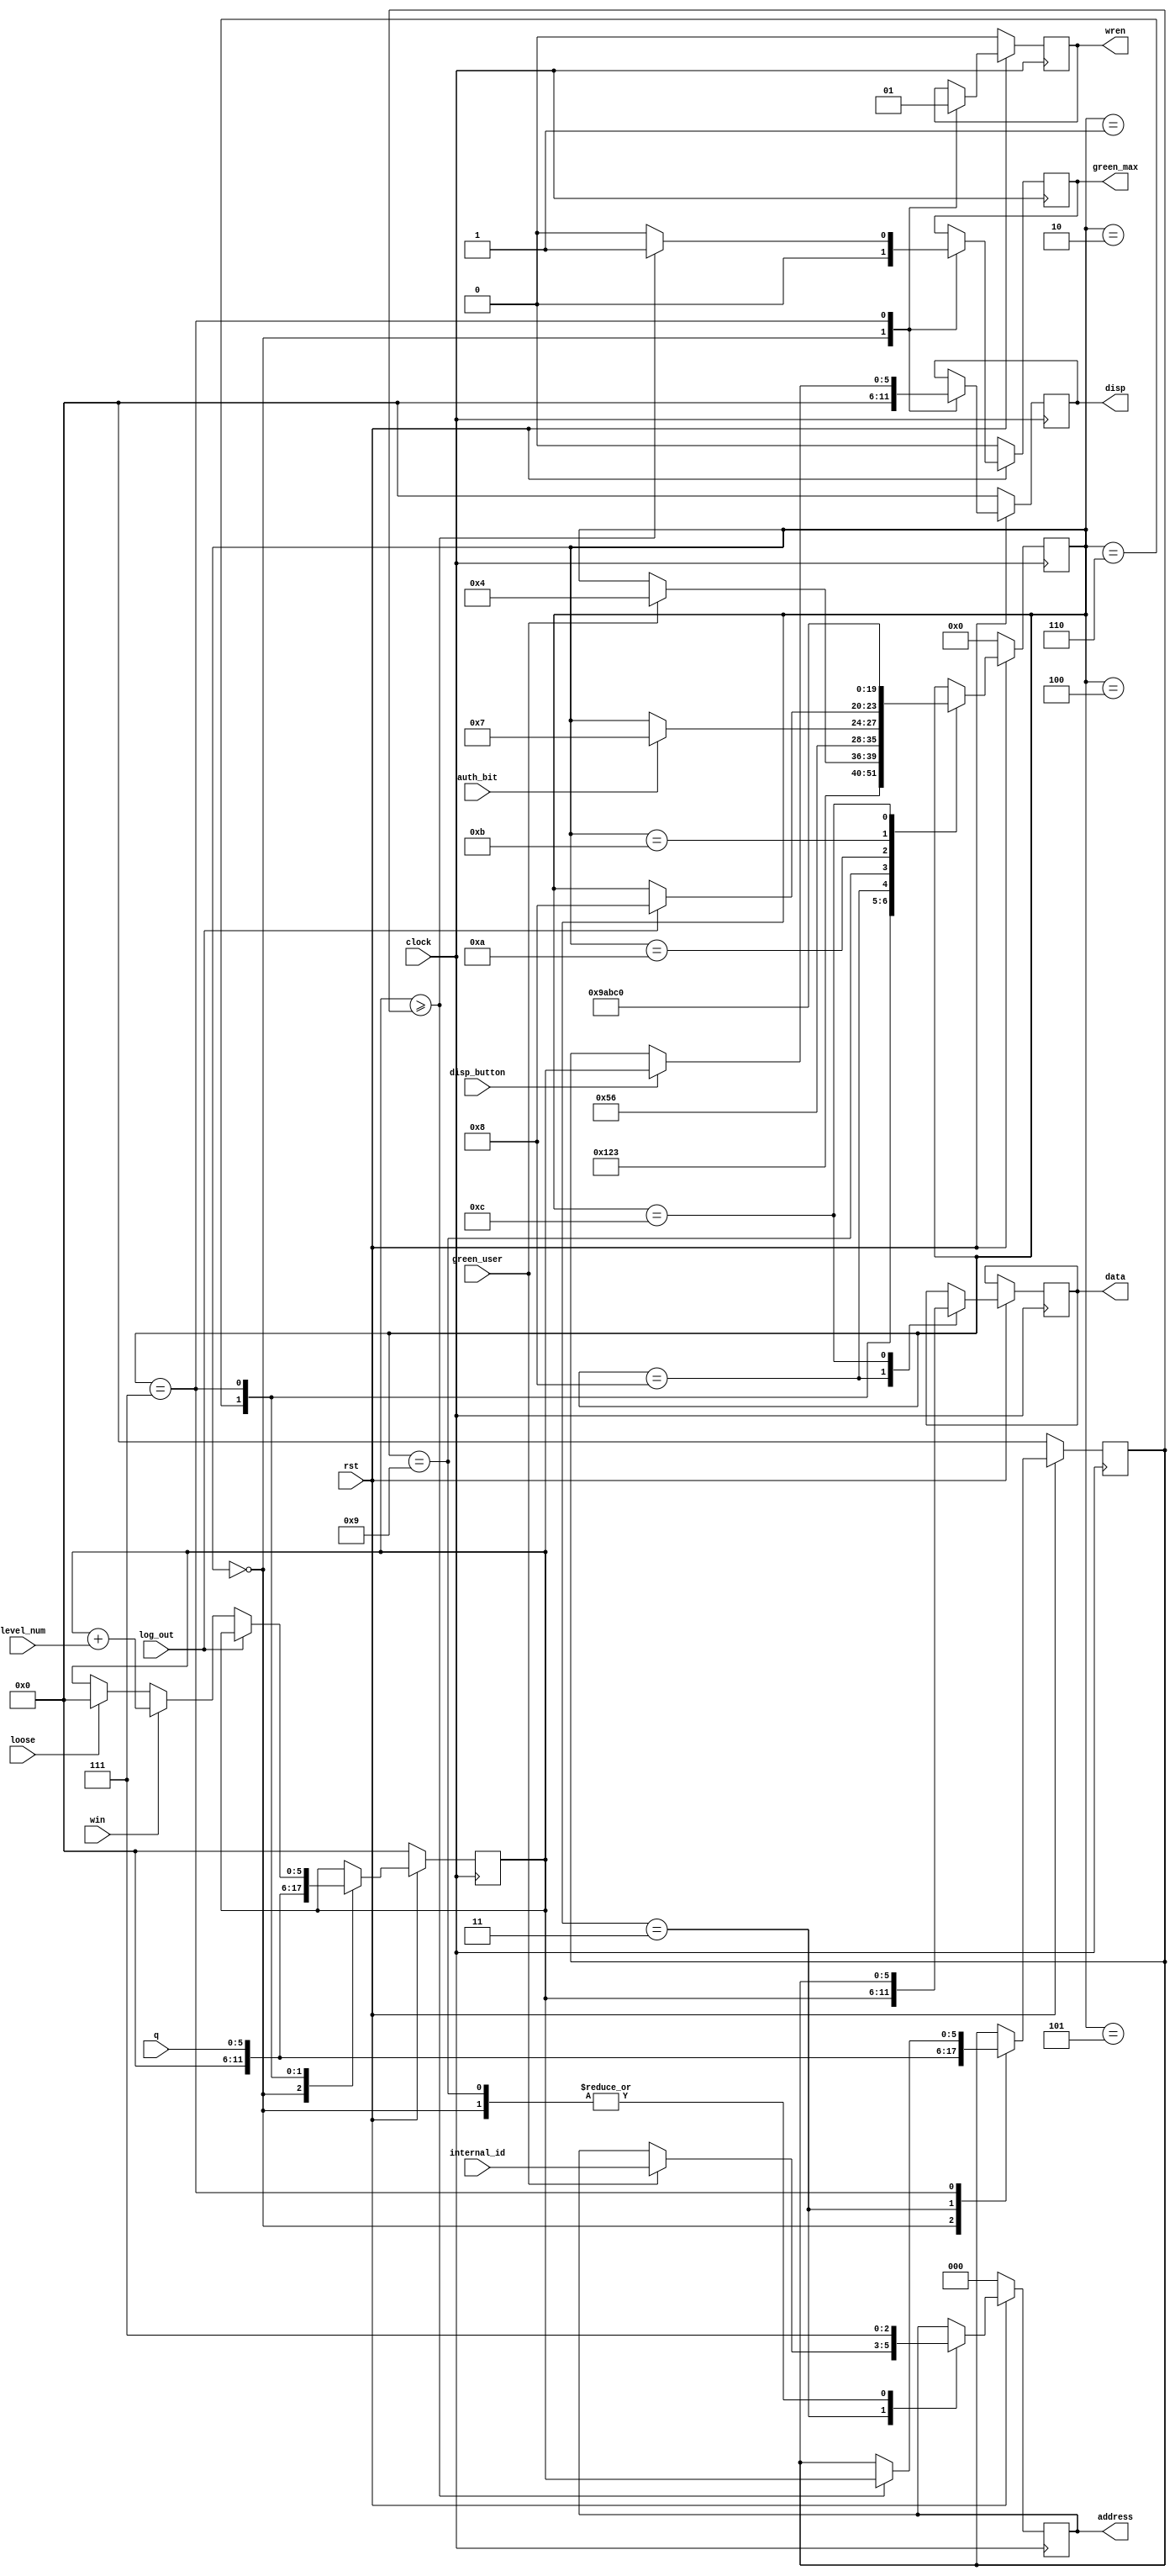
module score_controller(clock,rst,green_user,internal_id,auth_bit,log_out,level_num,win,loose,address,q,data,wren,disp_button,disp,green_max);
input clock,rst;
input [2:0] internal_id;
input [3:0] level_num;
input green_user,auth_bit,win,loose,log_out,disp_button;
input [5:0] q;
output reg wren,green_max;
output reg [2:0] address;
output reg [5:0] data;
output reg [5:0] disp;

reg [5:0] ind_score,team_max;
reg [3:0] state;
parameter INIT=0,wait1=1,wait2=2,read_team_max=3,wait3=4,wait4=5,read_ind_score=6,wait_for_win=7,update_RAM=8,wait5=9,wait6=10,wait7=11,update_team_max=12;

always @(posedge clock)
begin
	if(rst==0)
	begin
		address<=3'b000;
		disp<=6'b000000;
		ind_score<=6'b000000;
		team_max<=6'b000000;
		wren<=0;
		green_max<=0;
                state<=INIT;
	end
	else
	begin
        	case(state)
			INIT:
			begin
				address<=3'b111;
                                disp<=6'b000000;
				ind_score<=6'b000000;
				team_max<=6'b000000;
				wren<=0;
				green_max<=0;
				state<=wait1;
			end
			wait1:
			begin
				state<=wait2;
			end
			wait2:
			begin
				state<=read_team_max;
			end
			read_team_max:
			begin
				team_max<=q;
				if(green_user==1)
 				begin
					address<=internal_id;
					state<=wait3;
				end
			end
			wait3:
			begin
				state<=wait4;
			end
			wait4:
			begin
				state<=read_ind_score;
			end
			read_ind_score:
			begin
				ind_score<=q;
				if(auth_bit==1)
				state<=wait_for_win;
			end
			wait_for_win:
			begin
				wren<=1;
                                if(log_out==1)
				begin
					state<=update_RAM;
				end
				else if(win==1)
				begin
					ind_score<=ind_score+level_num;

				end
                       		else if(loose==1)
				begin
     					ind_score<=6'b000000;
				end
                                if(ind_score>=team_max)
				begin
					green_max<=1;
					team_max<=ind_score;
				end
      				else green_max<=0;
				if(disp_button==1)
				begin
					disp<=ind_score;
				end
                                else disp<=team_max;
			end
			update_RAM:
			begin
				data<=ind_score;
                                state<=wait5;
			end
			wait5:
			begin
                                address<=3'b111;
				state<=wait6;
			end
			wait6:
			begin
				state<=wait7;
			end
                        wait7:
                        begin
                                state<=update_team_max;
			end
                        update_team_max:
			begin
				data<=team_max;
				state<=INIT;
			end
		endcase
	end
end
endmodule